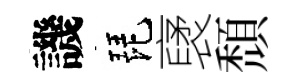
譏琵裦頹